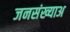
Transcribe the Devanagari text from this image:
जनसंख्याअ